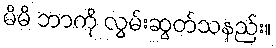
မိမိ ဘာကို လွမ်းဆွတ်သနည်း။